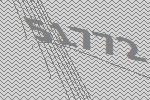
51772